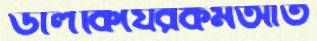
ডালকিযেরকমআত